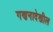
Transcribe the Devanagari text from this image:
गणनादेखील